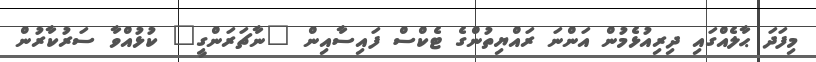
މިފަދަ ޙާލެއްގައި ދިިރިއުޅެމުން އަންނަ ރައްޔިތުންގެ ޓެކްސް ފައިސާއިން "ނާޗަރަންގީ" ކުޅުއްވާ ސަރުކާރުން